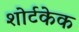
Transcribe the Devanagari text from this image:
शोर्टकेक